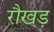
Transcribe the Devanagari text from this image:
रौखड़